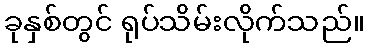
ခုနှစ်တွင် ရုပ်သိမ်းလိုက်သည်။